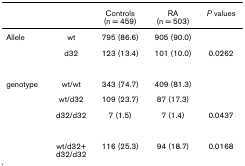
|  |  | Controls(n = 459) | RA(n = 503) | P values |
 | --- | --- | --- | --- | --- |
 | Allele | wt | 795 (86.6) | 905 (90.0) |  |
 |  | d32 | 123 (13.4) | 101 (10.0) | 0.0262 |
 | genotype | wt/wt | 343 (74.7) | 409 (81.3) |  |
 |  | wt/d32 | 109 (23.7) | 87 (17.3) |  |
 |  | d32/d32 | 7 (1.5) | 7 (1.4) | 0.0437 |
 |  | wt/d32+d32/d32 | 116 (25.3) | 94 (18.7) | 0.0168 |